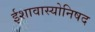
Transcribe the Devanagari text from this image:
ईशावास्योनिषद